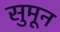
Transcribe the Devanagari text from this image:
सुमून